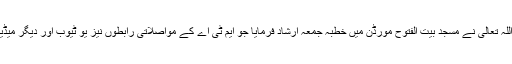
٭ … 08؍ فروری بروز جمعۃ المبارک :حضورِ انور ایدہ اللہ تعالیٰ نے مسجد بیت الفتوح مورڈن میں خطبہ جمعہ ارشاد فرمایا جو ایم ٹی اے کے مواصلاتی رابطوں نیز یو ٹیوب اور دیگر میڈیا پلیٹ فارمز کے ذریعہ ساری دنیا میں سنا اور دیکھا گیا۔